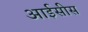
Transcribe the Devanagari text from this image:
आईसीस